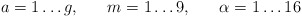
\begin{align*}a = 1 \ldots g, \; \; \; \; \; \; m = 1 \ldots 9, \; \; \; \; \; \; \alpha = 1 \ldots 16\end{align*}